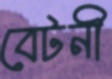
বেটনী